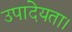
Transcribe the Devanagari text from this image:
उपादेयता।